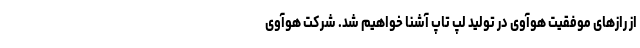
از رازهای موفقیت هوآوی در تولید لپ تاپ آشنا خواهیم شد. شرکت هوآوی